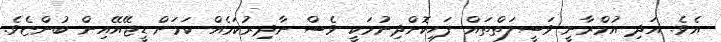
އެވެ. އަދި އުމްރާނީ ވަސީލަތްތައް ފަހިކޮށްދިނުމަކީ ވެސް ނާދިރުކަމެއް ކަމަށް ޑީޖޭއޭއިން ބުންޏެވެ.